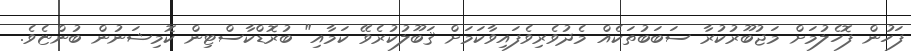
ފަހުން ފޮހެލުމަށް މަޖުބޫރުކުރާ ސަބަބުތަކެއް މެދުވެރިވެފައިވާކަމަށް ޤަބޫލުކުރެވޭ ކަމާއި" ބުރޮޑްކާސްޓިން ކޮމިޝަނުން ބުންޏެވެ.